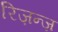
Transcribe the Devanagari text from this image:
रिज़न्ज़